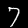
Label: 7